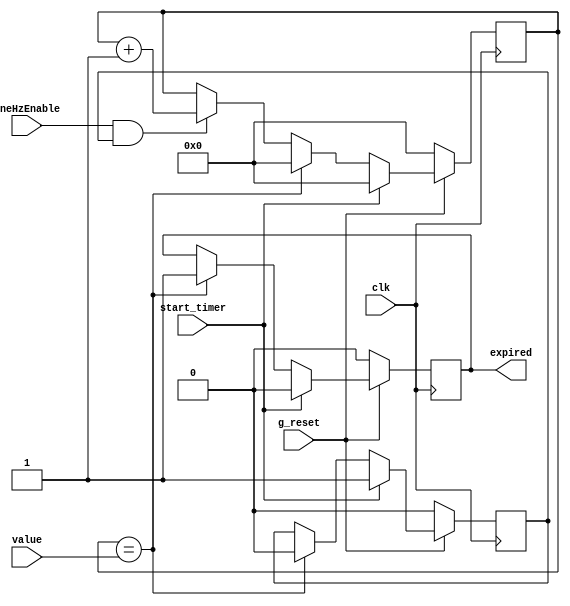
module timer(clk,g_reset,oneHzEnable,value,start_timer,expired);

    input clk,g_reset,oneHzEnable,start_timer;
    input [3:0] value;

    output reg expired;

    reg [3:0] counter;

    reg flag_start;

    always @ (posedge clk) begin
        if (!g_reset) begin
            flag_start = 0;
            counter = 4'd0;
            expired = 0;
        end else if (start_timer) begin 
            flag_start = 1;
            counter = 4'd0;
            expired = 0;
        end else if (counter == value) begin
            flag_start = 0;
            counter = 4'd0;
            expired = 1;
        end else if (oneHzEnable & flag_start) counter = counter + 4'd1;

    end

endmodule